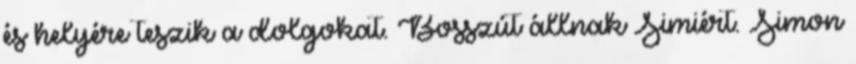
és helyére teszik a dolgokat. Bosszút állnak Simiért. Simon